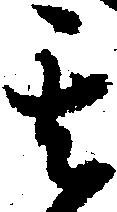
其